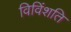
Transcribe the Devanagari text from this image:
विविंशति